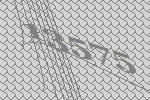
13575